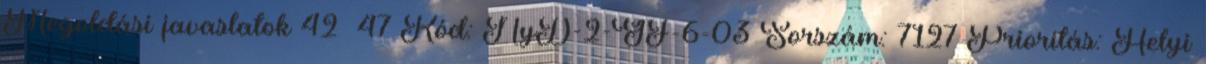
Megoldási javaslatok 42 47 Kód: NyD-2-GF-6-03 Sorszám: 7127 Prioritás: Helyi